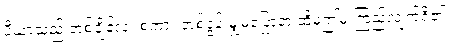
ပီယာသည် တစ်ချိန်လုံး စကား တစ်ခွန်းမျှမပြောဘဲ ထိုမှဤမှ ကြည့်လျက်ရှိ၏။